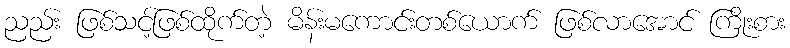
ညည်း ဖြစ်သင့်ဖြစ်ထိုက်တဲ့ မိန်းမကောင်းတစ်ယောက် ဖြစ်လာအောင် ကြိုးစား